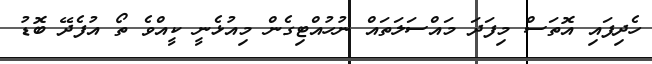
ހެދިފައި އޮތަސް މިފަދަ މައްސަލަތައް ނުހުއްޓިގެން މިއުޅެނީ ކީއްވެ ތޯ އުފެދޭ ބޮޑު